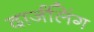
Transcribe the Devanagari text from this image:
दार्जलिंग